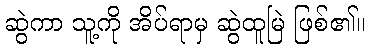
ဆွဲကာ သူ့ကို အိပ်ရာမှ ဆွဲထူမြဲ ဖြစ်၏။